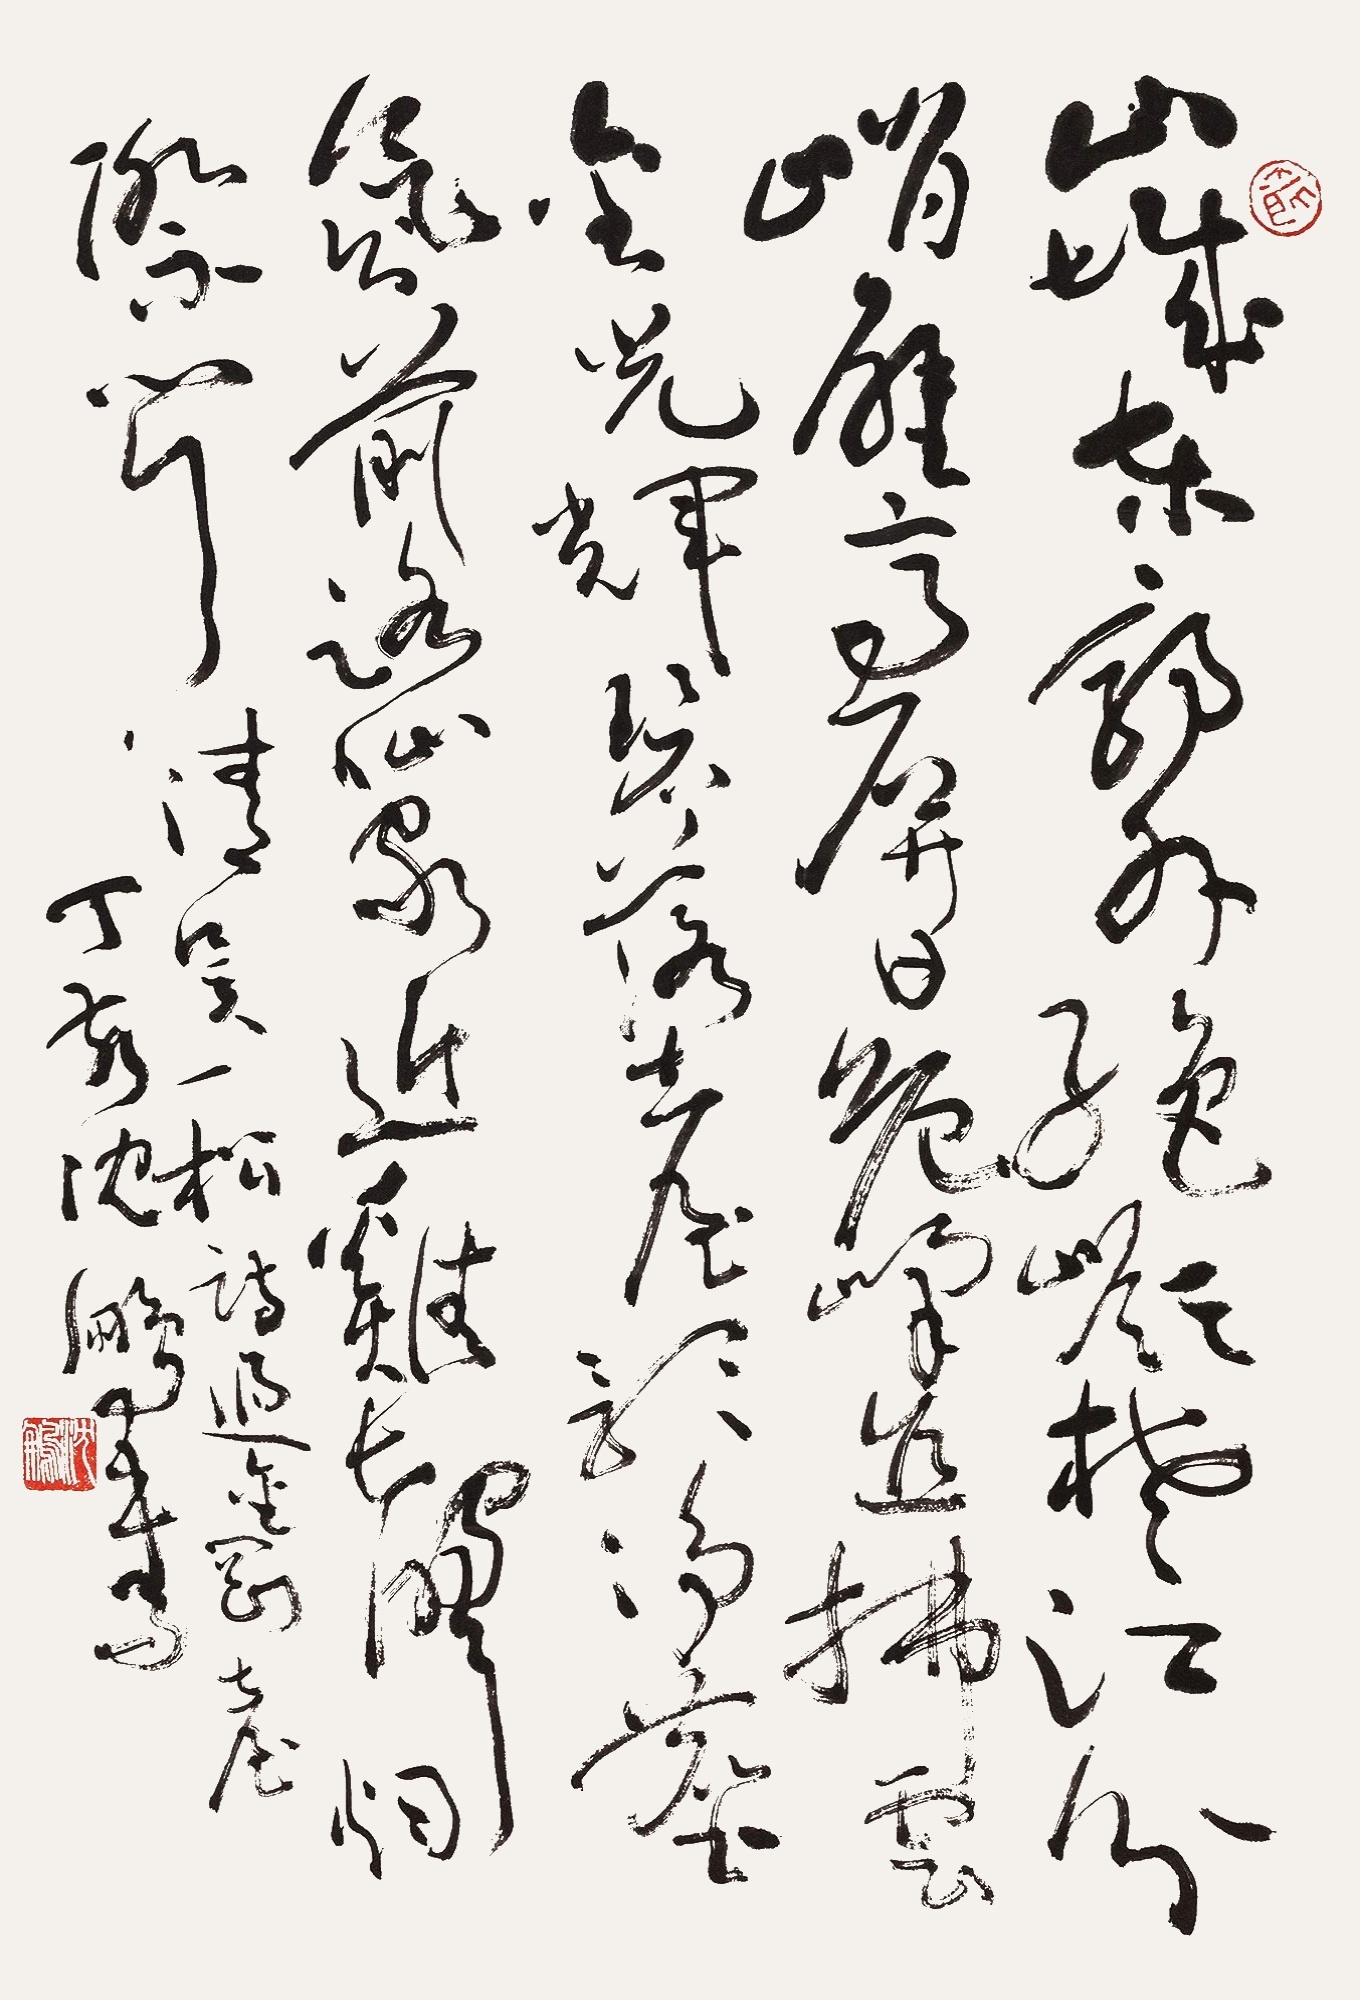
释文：山城东郭外,绝岭楚江分。峭壁高屏日,危峰直拂云。金光辉碧落,台影净尘氛。前路仙家近,鸡声烟际闻。清吴一松《过金刚台》，丁亥沈鹏书。